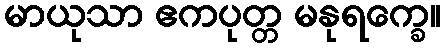
မာယုသာ ဧကပုတ္တ မနုရက္ခေ။